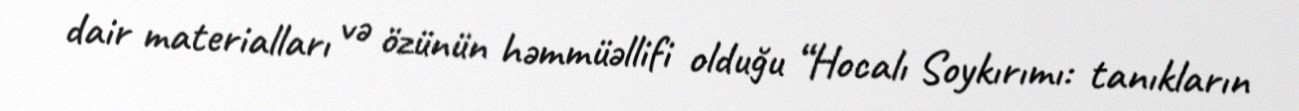
dair materialları və özünün həmmüəllifi olduğu “Hocalı Soykırımı: tanıkların